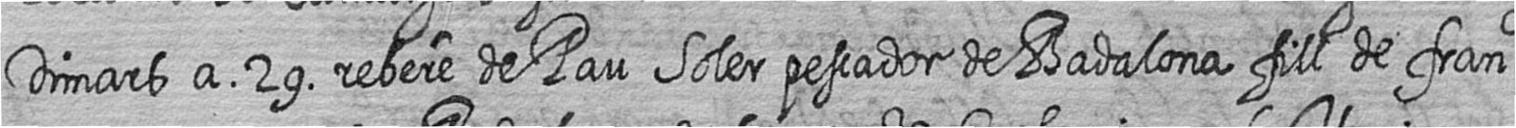
Dimars a 29 rebere de Pau Soler pescador de Badalona fill de franch